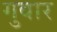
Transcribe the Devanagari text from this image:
गुवार